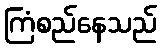
ကြံစည်နေသည်